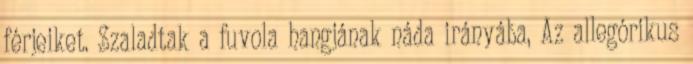
férjeiket. Szaladtak a fuvola hangjának náda irányába, Az allegórikus